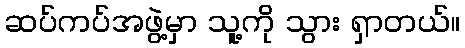
ဆပ်ကပ်အဖွဲ့မှာ သူ့ကို သွား ရှာတယ်။